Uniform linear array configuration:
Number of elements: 64
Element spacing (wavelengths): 0.75
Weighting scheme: cosine
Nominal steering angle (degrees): -60
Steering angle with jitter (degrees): -59.318
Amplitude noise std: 0.05
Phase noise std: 0.05

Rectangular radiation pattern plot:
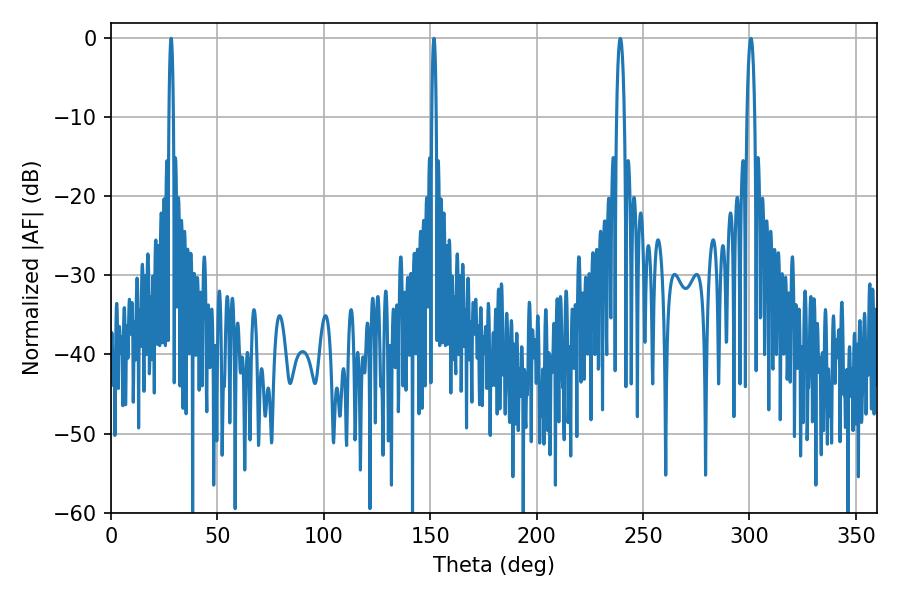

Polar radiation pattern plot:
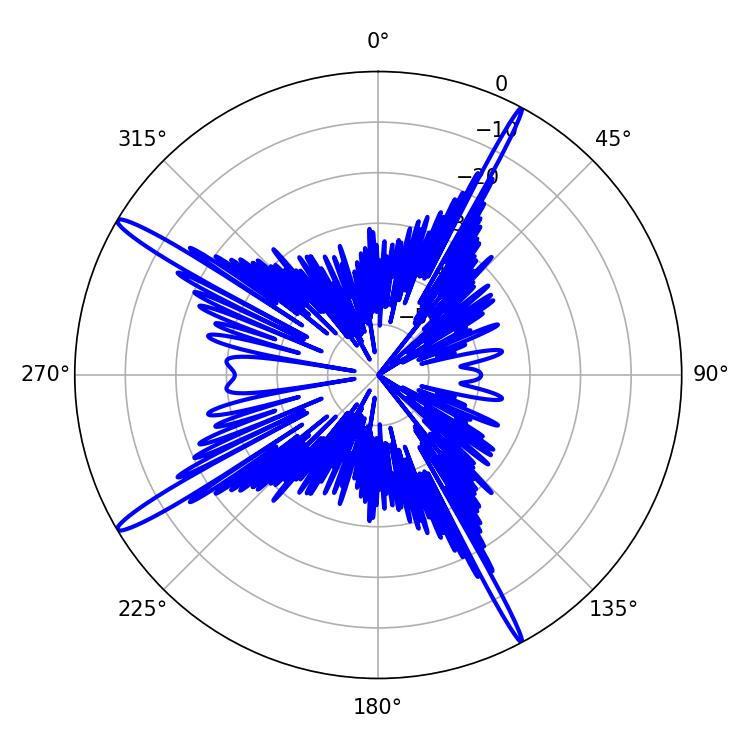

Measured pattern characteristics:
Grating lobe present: TRUE
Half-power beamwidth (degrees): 1.08
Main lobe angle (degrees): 28.26